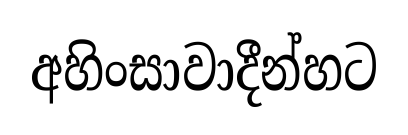
අහිංසාවාදීන්හට